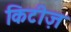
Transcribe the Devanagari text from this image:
किटीज़